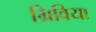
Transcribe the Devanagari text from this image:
ग्रिविया